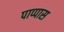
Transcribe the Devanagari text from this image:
पाप्पास